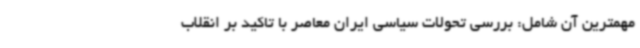
مهمترین آن شامل: بررسی تحولات سیاسی ایران معاصر با تاکید بر انقلاب